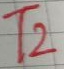
Text: T2